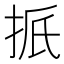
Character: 𪭭